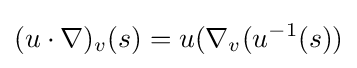
(u\cdot \nabla )_{v}(s)=u(\nabla _{v}(u^{-1}(s))